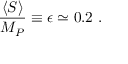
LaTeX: \frac { \langle S \rangle } { M _ { P } } \equiv \epsilon \simeq 0 . 2 ~ .